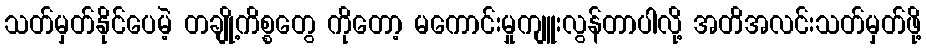
သတ်မှတ်နိုင်ပေမဲ့ တချို့ကိစ္စတွေ ကိုတော့ မကောင်းမှုကျူးလွန်တာပါလို့ အတိအလင်းသတ်မှတ်ဖို့